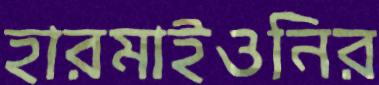
হারমাইওনির